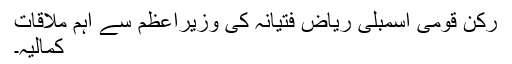
رکن قومی اسمبلی ریاض فتیانہ کی وزیراعظم سے اہم ملاقات
کمالیہ۔